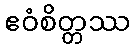
ဧဝံစိတ္တဿ